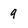
Character: 9